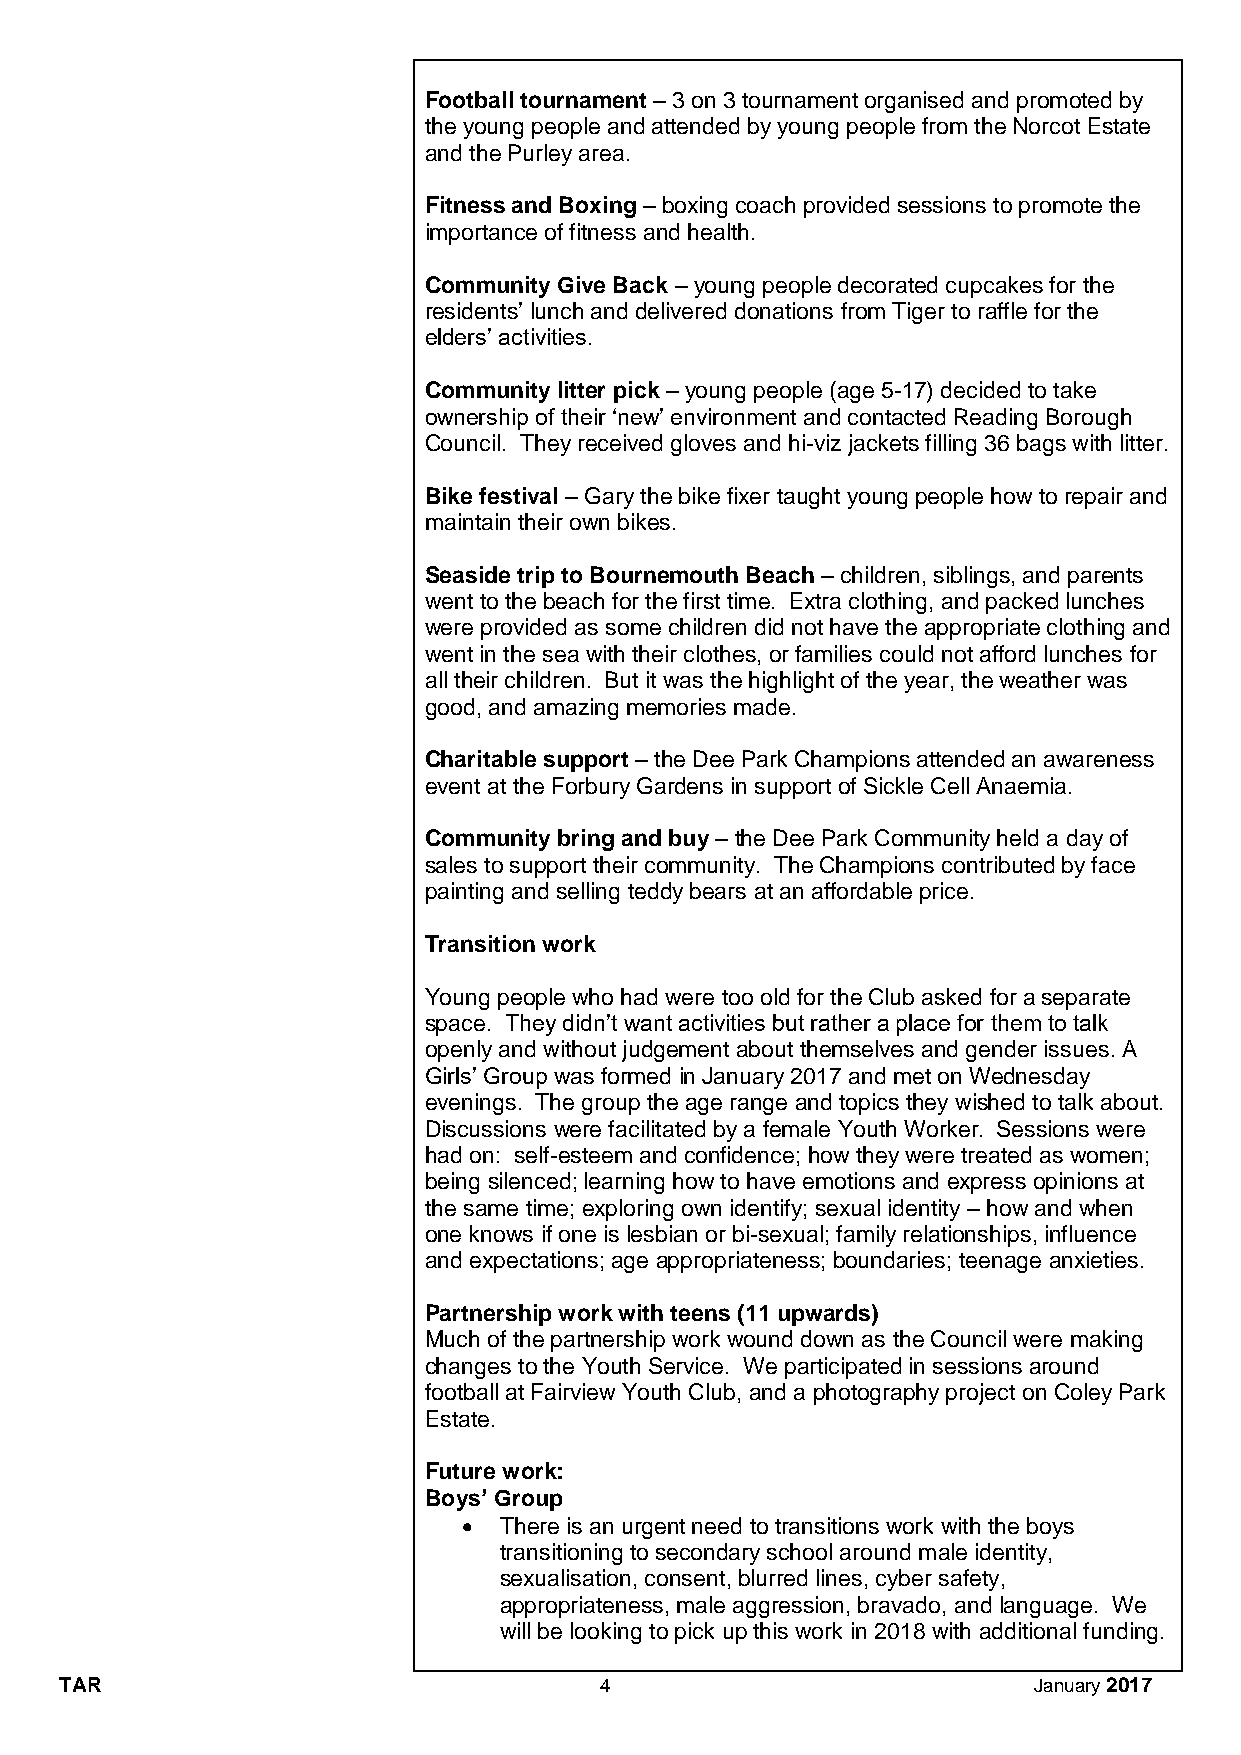
Football tournament – 3 on 3 tournament organised and promoted by
 the young people and attended by young people from the Norcot Estate
 and the Purley area.
 Fitness and Boxing – boxing coach provided sessions to promote the
 importance of fitness and health.
 Community Give Back – young people decorated cupcakes for the
 residents’ lunch and delivered donations from Tiger to raffle for the
 elders’ activities.
 Community litter pick – young people (age 5-17) decided to take
 ownership of their ‘new’ environment and contacted Reading Borough
 Council. They received gloves and hi-viz jackets filling 36 bags with litter.
 Bike festival – Gary the bike fixer taught young people how to repair and
 maintain their own bikes.
 Seaside trip to Bournemouth Beach – children, siblings, and parents
 went to the beach for the first time. Extra clothing, and packed lunches
 were provided as some children did not have the appropriate clothing and
 went in the sea with their clothes, or families could not afford lunches for
 all their children. But it was the highlight of the year, the weather was
 good, and amazing memories made.
 Charitable support – the Dee Park Champions attended an awareness
 event at the Forbury Gardens in support of Sickle Cell Anaemia.
 Community bring and buy – the Dee Park Community held a day of
 sales to support their community. The Champions contributed by face
 painting and selling teddy bears at an affordable price.
 Transition work
 Young people who had were too old for the Club asked for a separate
 space. They didn’t want activities but rather a place for them to talk
 openly and without judgement about themselves and gender issues. A
 Girls’ Group was formed in January 2017 and met on Wednesday
 evenings. The group the age range and topics they wished to talk about.
 Discussions were facilitated by a female Youth Worker. Sessions were
 had on: self-esteem and confidence; how they were treated as women;
 being silenced; learning how to have emotions and express opinions at
 the same time; exploring own identify; sexual identity – how and when
 one knows if one is lesbian or bi-sexual; family relationships, influence
 and expectations; age appropriateness; boundaries; teenage anxieties.
 Partnership work with teens (11 upwards)
 Much of the partnership work wound down as the Council were making
 changes to the Youth Service. We participated in sessions around
 football at Fairview Youth Club, and a photography project on Coley Park
 Estate.
 Future work:
 Boys’ Group
 • There is an urgent need to transitions work with the boys
 transitioning to secondary school around male identity,
 sexualisation, consent, blurred lines, cyber safety,
 appropriateness, male aggression, bravado, and language. We
 will be looking to pick up this work in 2018 with additional funding.
 TAR                                 4                           January 2017